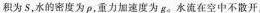
积为S，水的密度为ρ，重力加速度为g。水流在空中不散开，